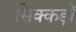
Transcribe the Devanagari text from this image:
सिक्कड़ों